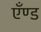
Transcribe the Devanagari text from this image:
एँण्ड